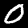
Label: 0